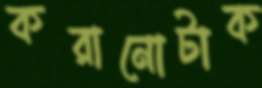
করানোটাক